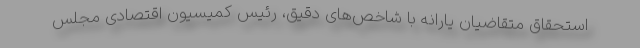
استحقاق متقاضیان یارانه با شاخص‌های دقیق، رئیس کمیسیون اقتصادی مجلس